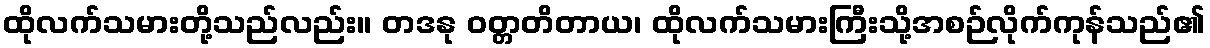
ထိုလက်သမားတို့သည်လည်း။ တဒနု ဝတ္တတိတာယ၊ ထိုလက်သမားကြီးသို့အစဉ်လိုက်ကုန်သည်၏